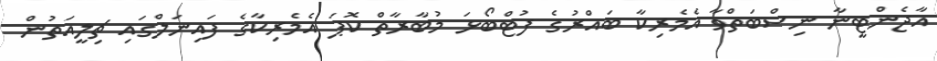
އާޖެންޓީނާ ނިސްބަތްވާ އެމެރިކާ ބައްރުގެ ފުޓްބޯޅަ މުބާރާތް ކޮޕަ އެމެރިކާގެ ފައިނަލްގައި ޗިލީއަތުން